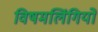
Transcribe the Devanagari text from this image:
विषमलिंगियों